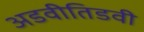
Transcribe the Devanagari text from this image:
अडवीतिडवी